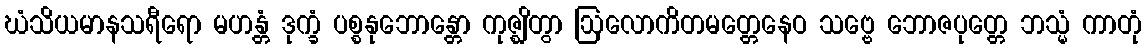
ဃံသိယမာနသရီရော မဟန္တံ ဒုက္ခံ ပစ္စနုဘောန္တော ကုဇ္ဈိတွာ ဩလောကိတမတ္တေနေဝ သဗ္ဗေ ဘောဇပုတ္တေ ဘသ္မံ ကာတုံ